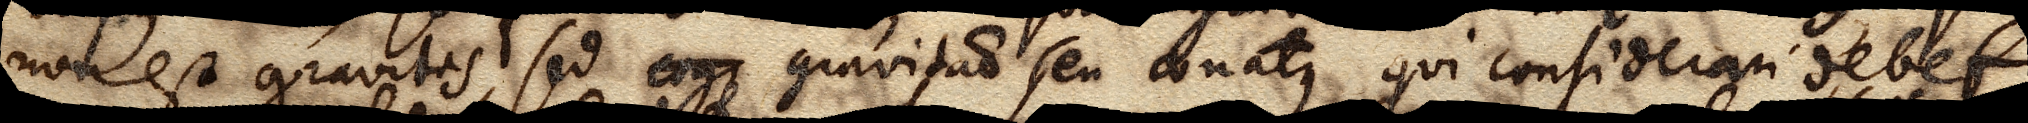
non est gravitas , sed ergo gravitatio seu conatus qui considerari debet.